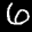
Label: 6